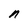
Character: n